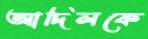
আদিলকে